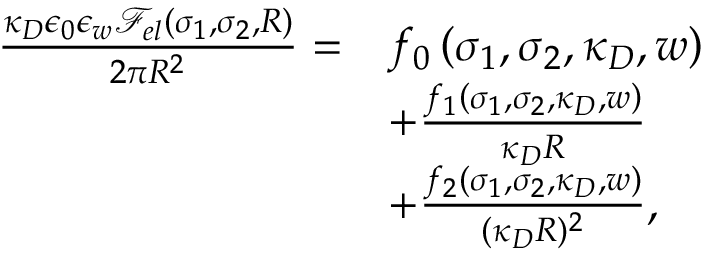
\begin{array} { r l } { \frac { \kappa _ { D } \epsilon _ { 0 } \epsilon _ { w } \mathcal { F } _ { e l } ( \sigma _ { 1 } , \sigma _ { 2 } , R ) } { 2 \pi R ^ { 2 } } = } & { f _ { 0 } \left( \sigma _ { 1 } , \sigma _ { 2 } , \kappa _ { D } , w \right) } \\ & { + \frac { f _ { 1 } \left( \sigma _ { 1 } , \sigma _ { 2 } , \kappa _ { D } , w \right) } { \kappa _ { D } R } } \\ & { + \frac { f _ { 2 } \left( \sigma _ { 1 } , \sigma _ { 2 } , \kappa _ { D } , w \right) } { ( \kappa _ { D } R ) ^ { 2 } } , } \end{array}